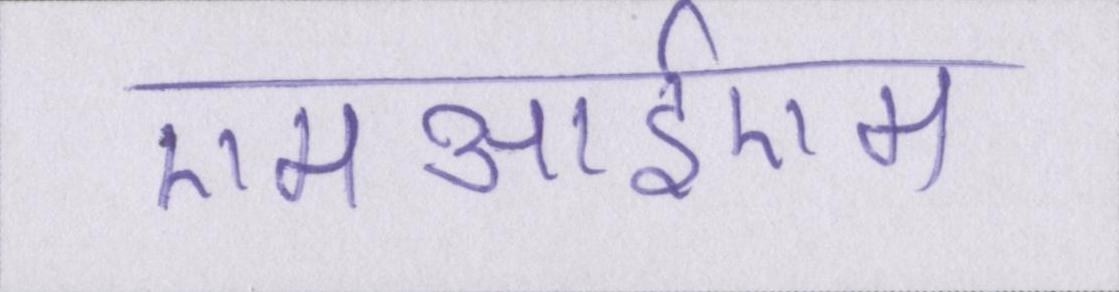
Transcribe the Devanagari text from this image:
एमआईएम